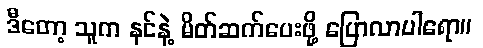
ဒီတော့ သူက နင်နဲ့ မိတ်ဆက်ပေးဖို့ ပြောလာပါရော။